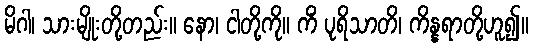
မိဂါ၊ သားမျိုးတို့တည်း။ နော၊ ငါတို့ကို။ ကိံ ပုရိသာတိ၊ ကိန္နရာတို့ဟူ၍။